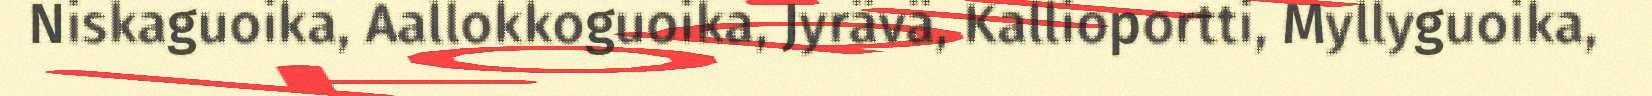
Niskaguoika, Aallokkoguoika, Jyrävä, Kallioportti, Myllyguoika,